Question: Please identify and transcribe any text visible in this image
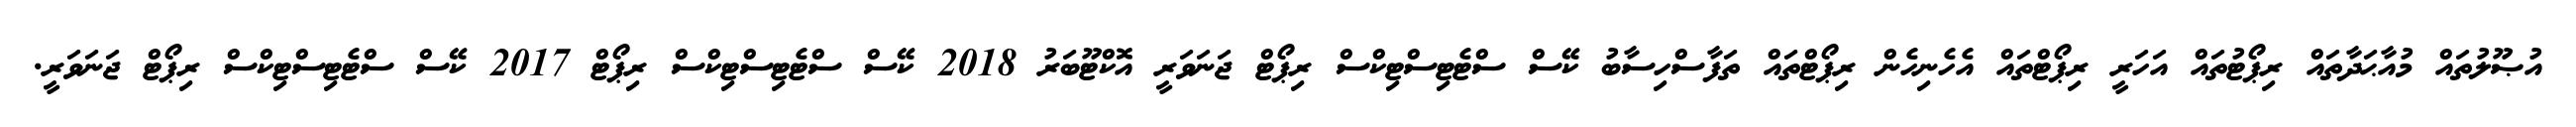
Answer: އުޞޫލުތައް މުއާޙަދާތައް ރިޕޯޓުތައް އަހަރީ ރިޕޯޓްތައް އެހެނިހެން ރިޕޯޓްތައް ތަފާސްހިސާބު ކޭސް ސްޓެޓިސްޓިކްސް ރިޕޯޓް ޖަނަވަރީ އޮކްޓޫބަރު 2018 ކޭސް ސްޓެޓިސްޓިކްސް ރިޕޯޓް 2017 ކޭސް ސްޓެޓިސްޓިކްސް ރިޕޯޓް ޖަނަވަރީ.